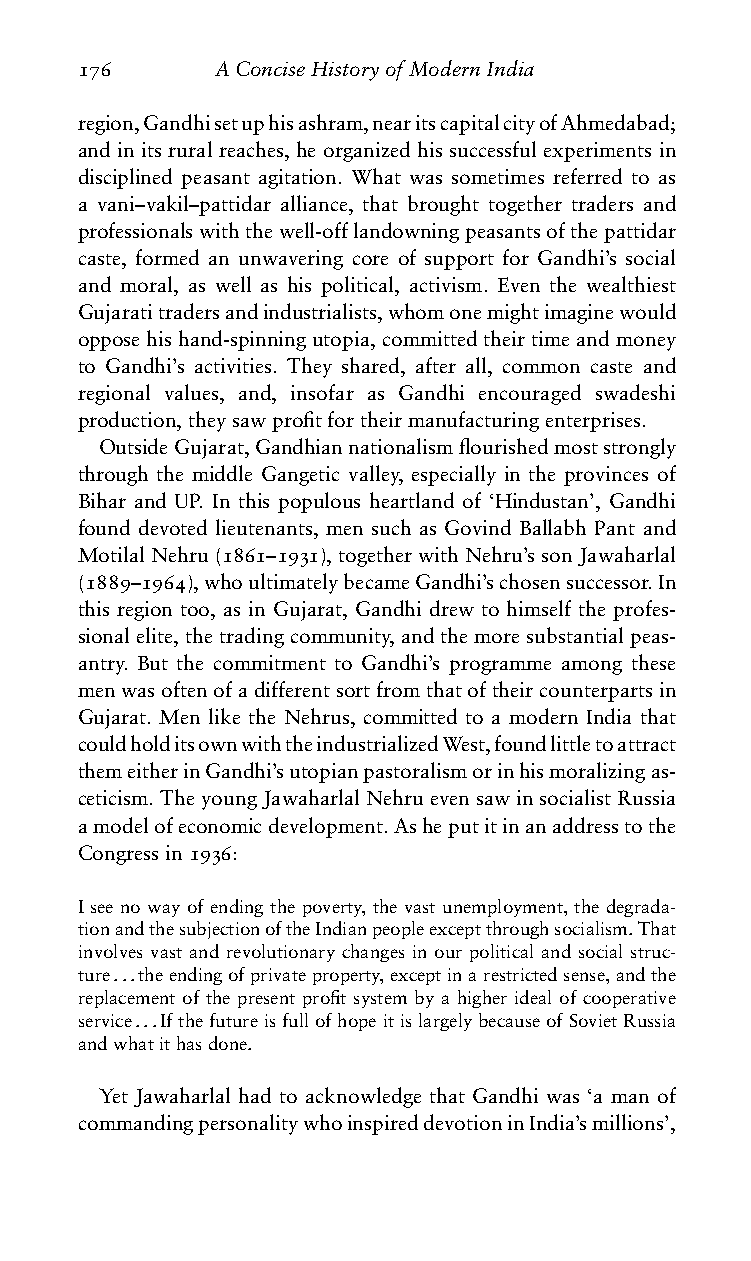
176      AConciseHistoryofModernIndia
 region,Gandhisetuphisashram,nearitscapitalcityofAhmedabad;
 and in its rural reaches, he organized his successful experiments in
 disciplined peasant agitation. What was sometimes referred to as
 a vani–vakil–pattidar alliance, that brought together traders and
 professionalswiththewell-offlandowningpeasantsofthepattidar
 caste, formed an unwavering core of support for Gandhi’s social
 and moral, as well as his political, activism. Even the wealthiest
 Gujaratitradersandindustrialists,whomonemightimaginewould
 opposehishand-spinningutopia,committedtheirtimeandmoney
 to Gandhi’s activities. They shared, after all, common caste and
 regional values, and, insofar as Gandhi encouraged swadeshi
 production,theysawprofitfortheirmanufacturingenterprises.
 OutsideGujarat,Gandhiannationalismflourishedmoststrongly
 through the middle Gangetic valley, especially in the provinces of
 Bihar and UP. In this populous heartland of ‘Hindustan’, Gandhi
 found devoted lieutenants, men such as Govind Ballabh Pant and
 Motilal Nehru (1861–1931), together with Nehru’s son Jawaharlal
 (1889–1964),whoultimatelybecameGandhi’schosensuccessor.In
 this region too, as in Gujarat, Gandhi drew to himself the profes-
 sionalelite,thetradingcommunity,andthemoresubstantialpeas-
 antry. But the commitment to Gandhi’s programme among these
 menwasoftenofadifferentsortfromthatoftheircounterpartsin
 Gujarat. Men like the Nehrus, committed to a modern India that
 couldholditsownwiththeindustrializedWest,foundlittletoattract
 themeitherinGandhi’sutopianpastoralismorinhismoralizingas-
 ceticism.TheyoungJawaharlalNehruevensawinsocialistRussia
 amodelofeconomicdevelopment.Asheputitinanaddresstothe
 Congressin1936:
 I see no way of ending the poverty, the vast unemployment, the degrada-
 tionandthesubjectionoftheIndianpeopleexceptthroughsocialism.That
 involves vast and revolutionary changes in our political and social struc-
 ture...theendingofprivateproperty,exceptinarestrictedsense,andthe
 replacement of the present profit system by a higher ideal of cooperative
 service...IfthefutureisfullofhopeitislargelybecauseofSovietRussia
 andwhatithasdone.
 Yet Jawaharlal had to acknowledge that Gandhi was ‘a man of
 commandingpersonalitywhoinspireddevotioninIndia’smillions’,